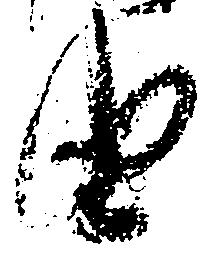
由